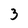
Character: 3